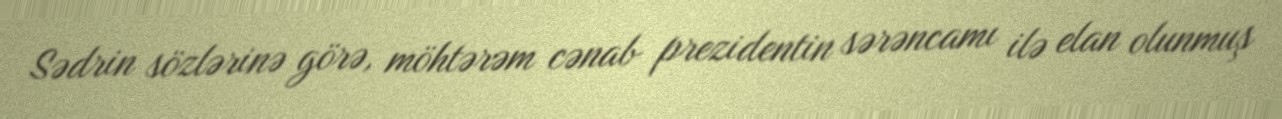
Sədrin sözlərinə görə, möhtərəm cənab prezidentin sərəncamı ilə elan olunmuş